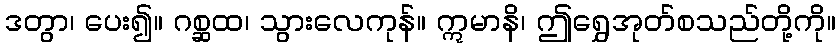
ဒတွာ၊ ပေး၍။ ဂစ္ဆထ၊ သွားလေကုန်။ ဣမာနိ၊ ဤရွှေအုတ်စသည်တို့ကို။